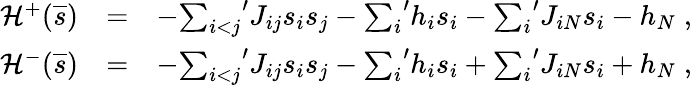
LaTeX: \begin{array}{rlr}{{\cal H}^{+}(\overline{{s}})}&{=}&{-{\sum_{i<j}}^{\prime}J_{ij}s_{i}s_{j}-{\sum_{i}}^{\prime}h_{i}s_{i}-{\sum_{i}}^{\prime}J_{iN}s_{i}-h_{N}\; ,}\\ {{\cal H}^{-}(\overline{{s}})}&{=}&{-{\sum_{i<j}}^{\prime}J_{ij}s_{i}s_{j}-{\sum_{i}}^{\prime}h_{i}s_{i}+{\sum_{i}}^{\prime}J_{iN}s_{i}+h_{N}\; ,}\end{array}